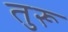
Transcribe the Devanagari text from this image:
तुरू